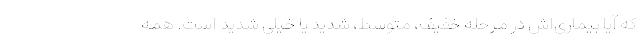
که آیا بیماری‌اش در مرحله خفیف، متوسط، شدید یا خیلی شدید است. همه